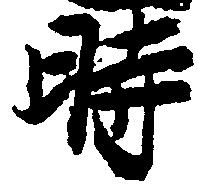
時